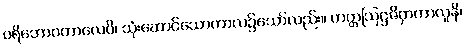
ပရိဘောဂကာလေပိ၊ သုံးဆောင်သောကာလ၌သော်လည်း။ ဟတ္တဩဋ္ဌဇိဝှာတာလူနိ၊